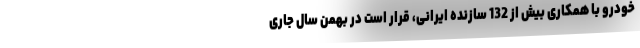
‌خودرو با همکاری بیش از 132 سازنده ایرانی، قرار است در بهمن سال جاری